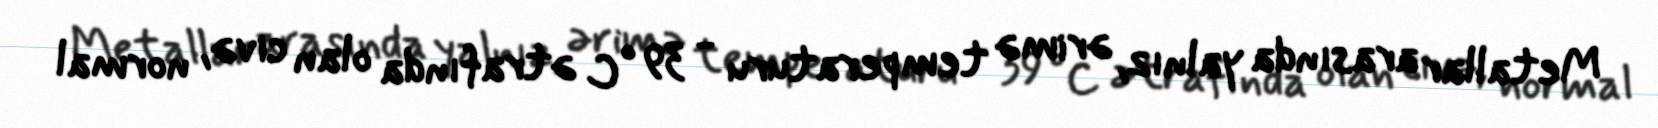
Metallar arasında yalnız, ərimə temperaturu - 39 °C ətrafında olan civə, normal